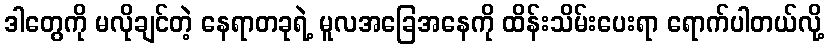
ဒါတွေကို မလိုချင်တဲ့ နေရာတခုရဲ့ မူလအခြေအနေကို ထိန်းသိမ်းပေးရာ ရောက်ပါတယ်လို့